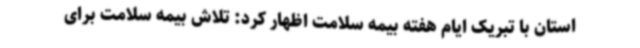
استان با تبریک ایام هفته بیمه سلامت اظهار کرد: تلاش بیمه سلامت برای